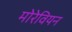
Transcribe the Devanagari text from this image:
मोरेवियन